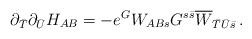
LaTeX: \begin{align*}\partial_{\bar T}\partial_{\bar U}H_{AB}=-e^G W_{ABs}G^{s{\bar s}}\overline{W}_{{\bar T}{\bar U}{\bar s}}\, .\end{align*}